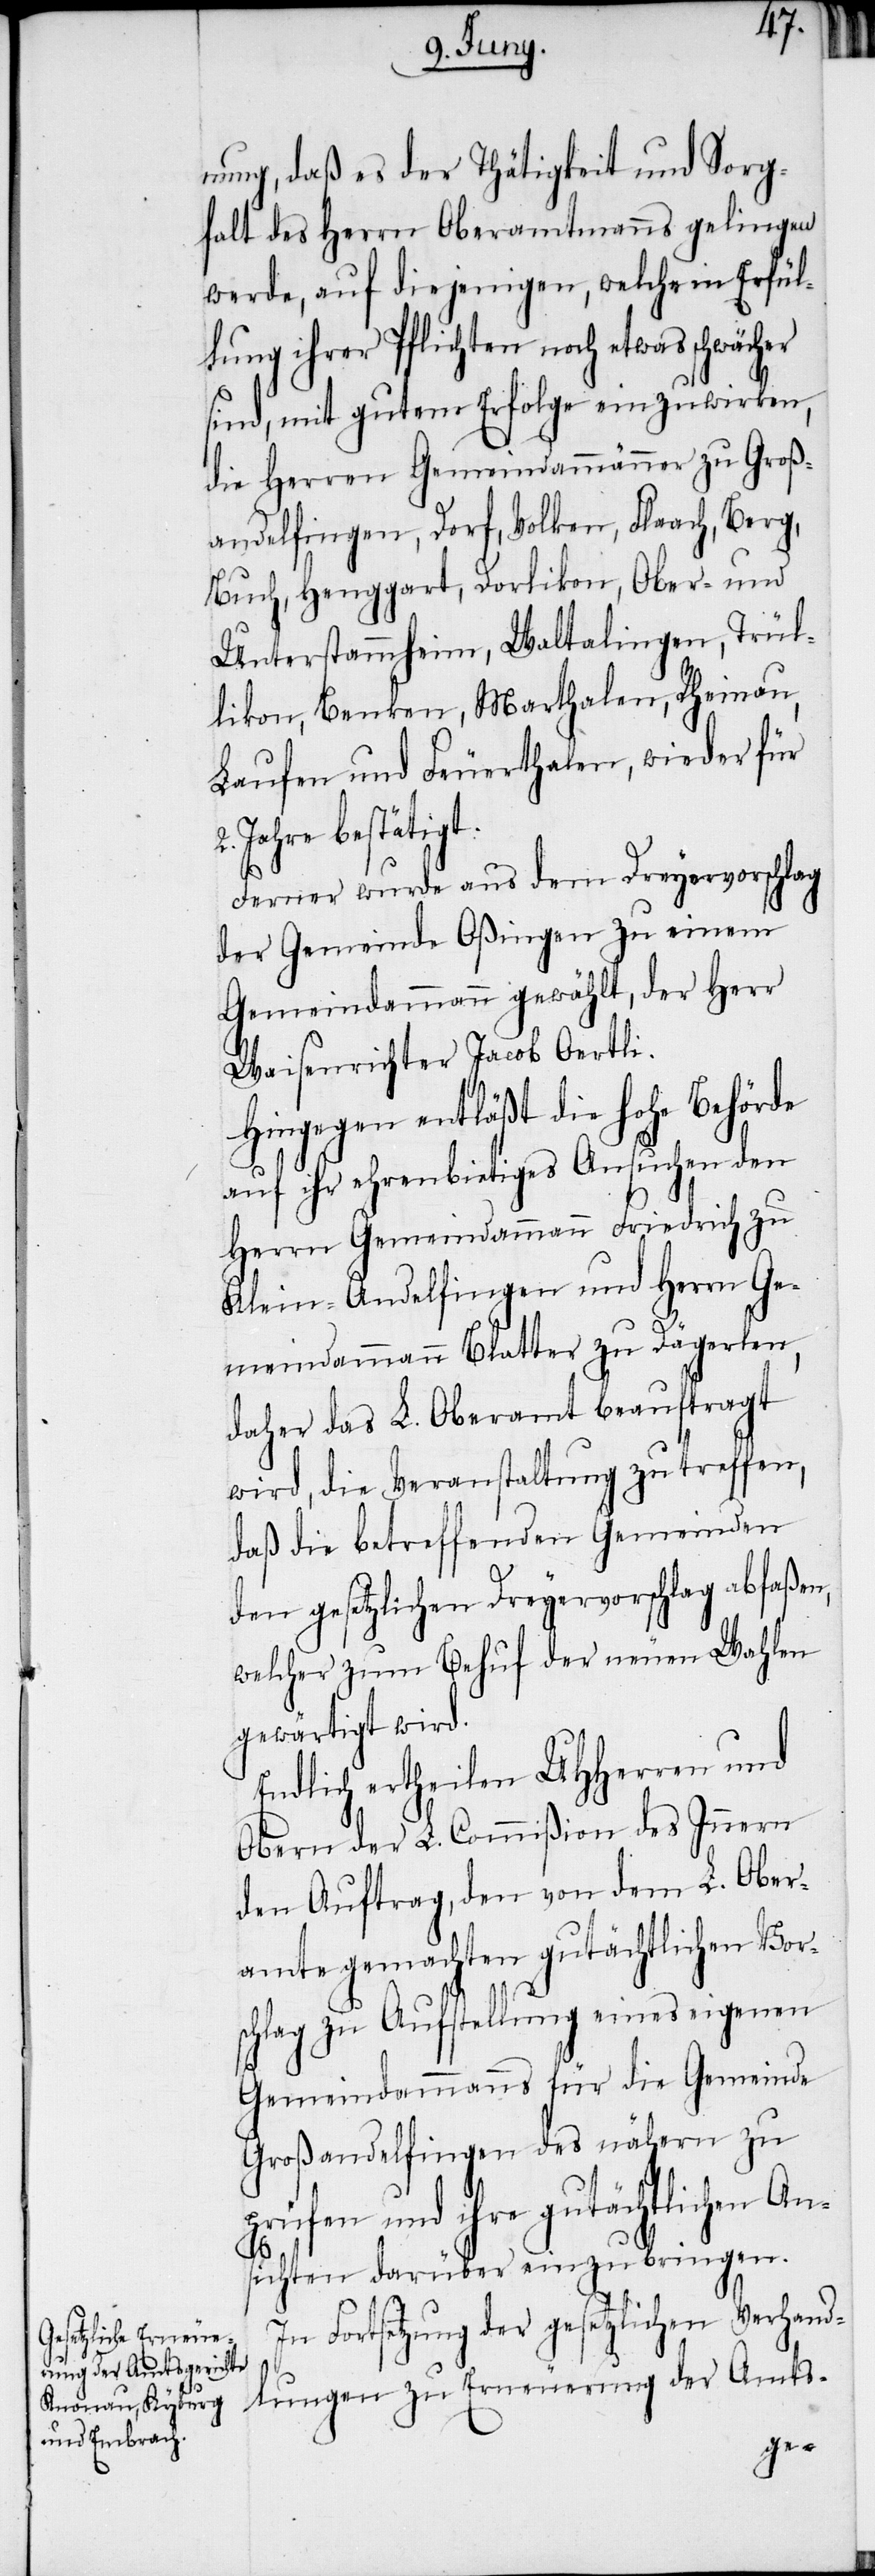
nung, daß es der Thätigkeit und Sorg¬
falt des Herrn Oberamtmanns gelingen
werde, auf diejenigen, welche in Erfül¬
lung ihrer Pflichten noch etwas schwächer
sind, mit gutem Erfolge einzuwirken,
die Herren Gemeindammänner zu Groß¬
andelfingen, Dorf, Volken, Flaach, Berg,
Buch, Henggart, Dorlikon, Ober- und
Unterstammheim, Waltalingen, Trül¬
likon, Benken, Marthalen, Rheinau,
Laufen und Feuerthalen, wieder für
Jahre bestätigt.
Ferner wurde aus dem Dreyervorschlag
der Gemeinde Oßingen zu einem
Gemeindammann gewählt, der Herr
Waisenrichter Jacob Oertli.
Hingegen entläßt die hohe Behörde
auf ihr ehrenbietiges Ansuchen den
Herrn Gemeindammann Friedrich zu
Klein-Andelfingen und Herrn Ge¬
meindammann Blatter zu Dägerlen,
daher das L. Oberamt beauftragt
wird, die Veranstaltung zu treffen,
daß die betreffenden Gemeinden
den gesetzlichen Dreyervorschlag abfaßen,
welcher zum Behuf der neuen Wahlen
gewärtigt wird.
Endlich ertheilen UHHerren und
Obern der L. Commißion des Innern
den Auftrag, den von dem L. Ober¬
amte gemachten gutächtlichen Vors¬
chlag zu Aufstellung eines eigenen
Gemeindammanns für die Gemeinde
Großandelfingen des nähern zu
und ihre gutächtlichen An¬
sichten darüber einzubringen.
In Fortsetzung der gesetzlichen Verhand¬
lungen zu Erneuerung der Amts-